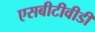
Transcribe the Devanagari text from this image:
एसबीटीवीडी